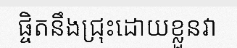
ផ្ចិតនឹងជ្រុះដោយខ្លួនវា